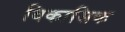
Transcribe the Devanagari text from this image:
विकासिक